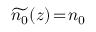
\widetilde { n _ { 0 } } ( z ) \! = \! n _ { 0 }